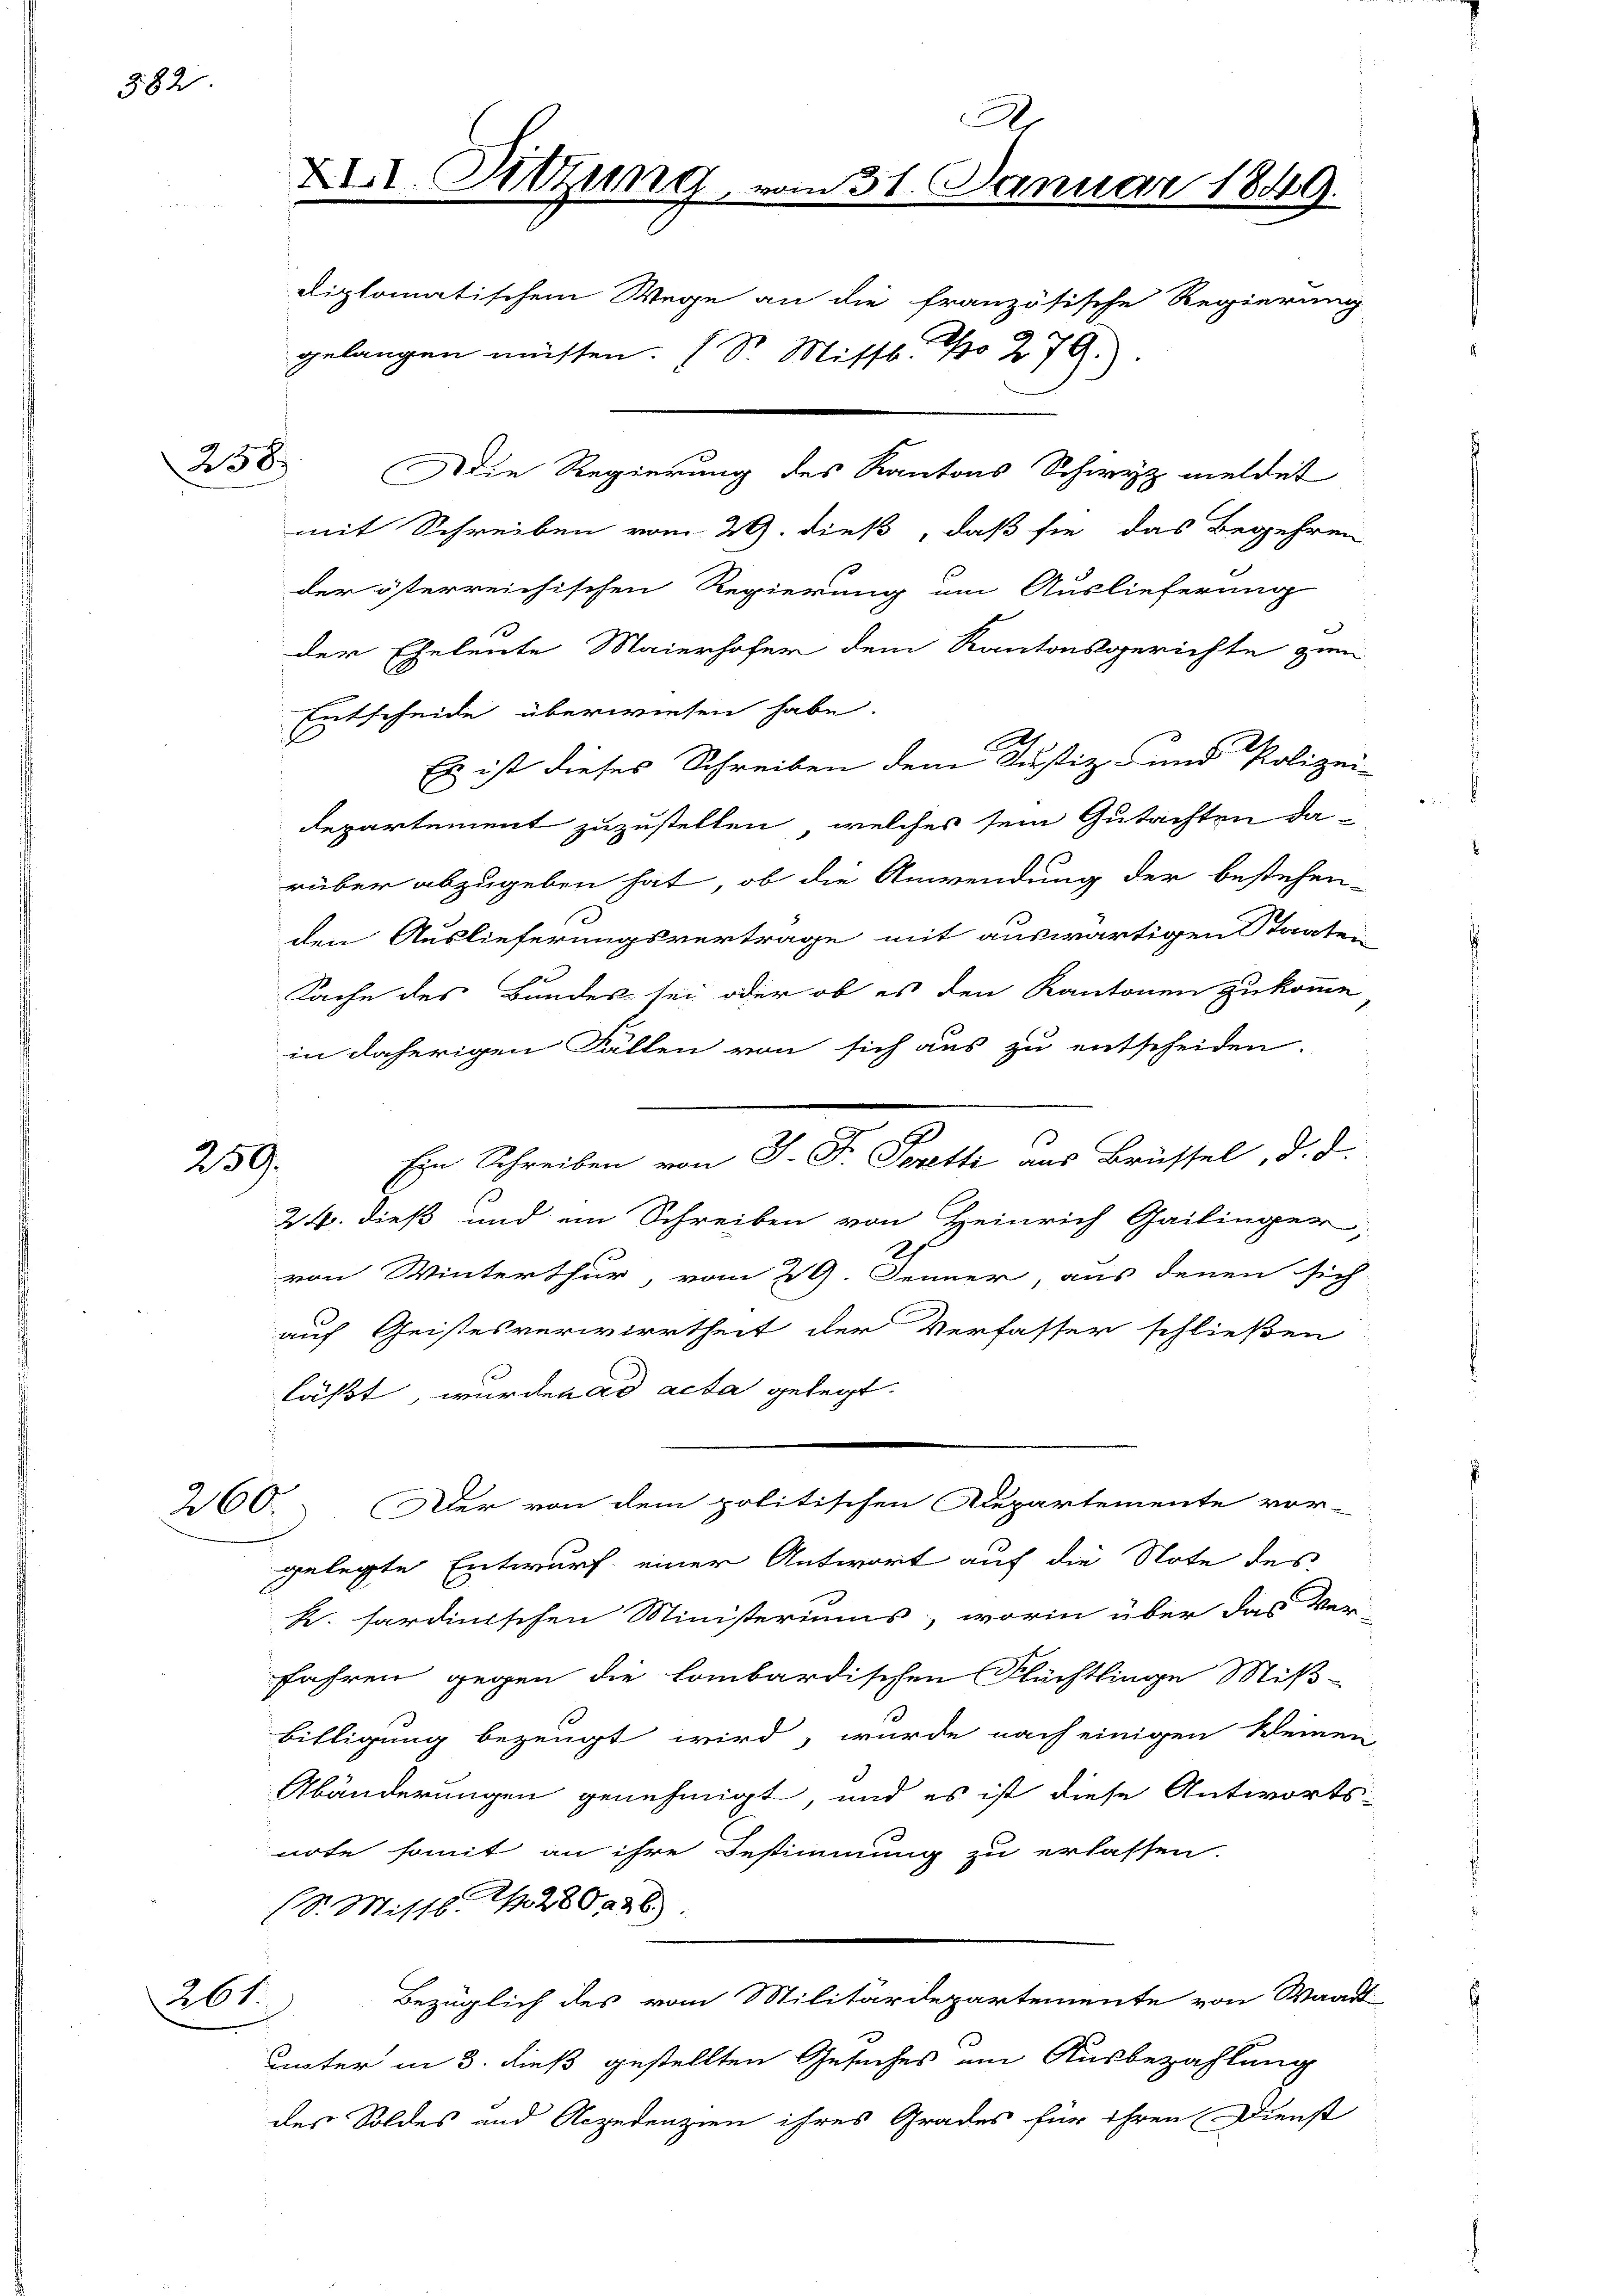
382

238

259.

261.

mit Schreiben vom 29. dieß, daß sie das Begehren
der österreichischen Regierung um Auslieferung
d
der Eheleute Maierhofer dem Kantonsgerichte zum
Entscheide überwiesen habe.
Es ist dieses Schreiben dene Justiz- und Polizei-
departement zuzustellen, welches sein Gutachten da-
rüber abzugeben hat, ob die Anwendung der bestehen
den Auslieferungsvertrage mit auswärtigen Staaten
Sache des Bundes sei oder ob es den Kantonen zukomme
in daherigen Fällen von sich aus zu entscheiden.
24. dieß und ein Schreiben von Heinrich Gailinger,
von Winterthur, vom 29. Jenner, aus denen sich
auf Geistesverwirrtheit der Verfasser schließen
läßt, wurden ad acta gelegt.
260. Der von dem politischen Departemente vor-
gelegte Entwurf einer Antwort auf die Note des
K. sardinischen Ministeriums, worin über das Ver-
fahren gegen die lombardischen Flüchtlinge Miß-
Billigung bezeugt wird, wurde nach einigen kleinen
Abänderungen genehmigt, und es ist diese Antworts-
note somit an ihre Bestimmung zu erlassen.
(S. Mittl. N. 280 226.
Bezüglich des vom Militärdepartemente von Waadt
unter in 3. dieß gestellten Gesuches am Ausbezahlung
des Soldes und Aczedenzien ihres Grades für ihren Dienst

XI

diplomatischem Wege an die französische Regierung
gelangen müssen. (Sr. Misst. No 279.).
Die Regierung des Kantons Schwyz meldet

x
Sitzung, vom 31. Januar 1849.

Ein Schreiben von J. F. Poretti aus Brüssel, d. d.